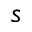
s